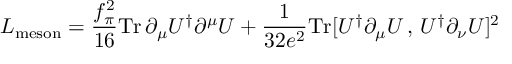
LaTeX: { \cal L } _ { \mathrm { m e s o n } } = \frac { f _ { \pi } ^ { 2 } } { 1 6 } \mathrm { T r } \, \partial _ { \mu } U ^ { \dagger } \partial ^ { \mu } U + \frac { 1 } { 3 2 e ^ { 2 } } \mathrm { T r } [ U ^ { \dagger } \partial _ { \mu } U \, , \, U ^ { \dagger } \partial _ { \nu } U ] ^ { 2 }